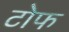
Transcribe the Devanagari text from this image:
टोफ